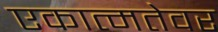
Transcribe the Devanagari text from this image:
एकात्मतेवर